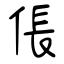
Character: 倀